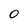
Character: 0